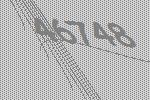
46748